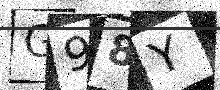
Text: G98Y